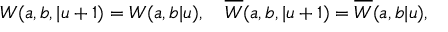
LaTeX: W ( a , b , | u + 1 ) = W ( a , b | u ) , \quad \overline { { { W } } } ( a , b , | u + 1 ) = \overline { { { W } } } ( a , b | u ) ,